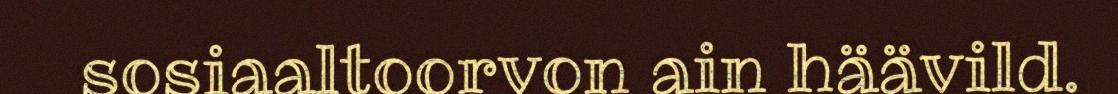
sosiaaltoorvon ain häävild.